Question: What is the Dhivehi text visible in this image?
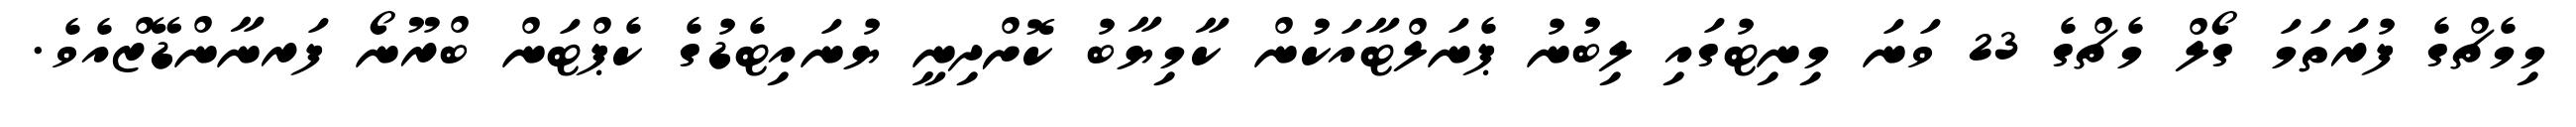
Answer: މިމެޗްގެ ފުރަތަމަ ގޯލް މެޗްގެ 23 ވަނަ މިނިޓުގައި ލިބުނު ޕެނަލްޓާއަކުން ކާމިޔާބު ކޮށްދިނީ ޔުނައިޓެޑުގެ ކެޕްޓަން ބްރޫނޯ ފަރނާންޑޭޒްއެވެ.